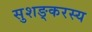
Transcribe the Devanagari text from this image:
सुशङ्करस्य